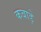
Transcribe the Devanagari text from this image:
कबाड़े